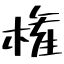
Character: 権